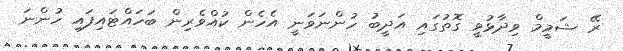
ރޭ ޝަމީމް ވިދާޅުވީ ގޮތުގައި އަދީބު ހުންނަވަނީ އެހެން ކުއްވެރިން ބަހައްޓައިފައި ހުންނަ